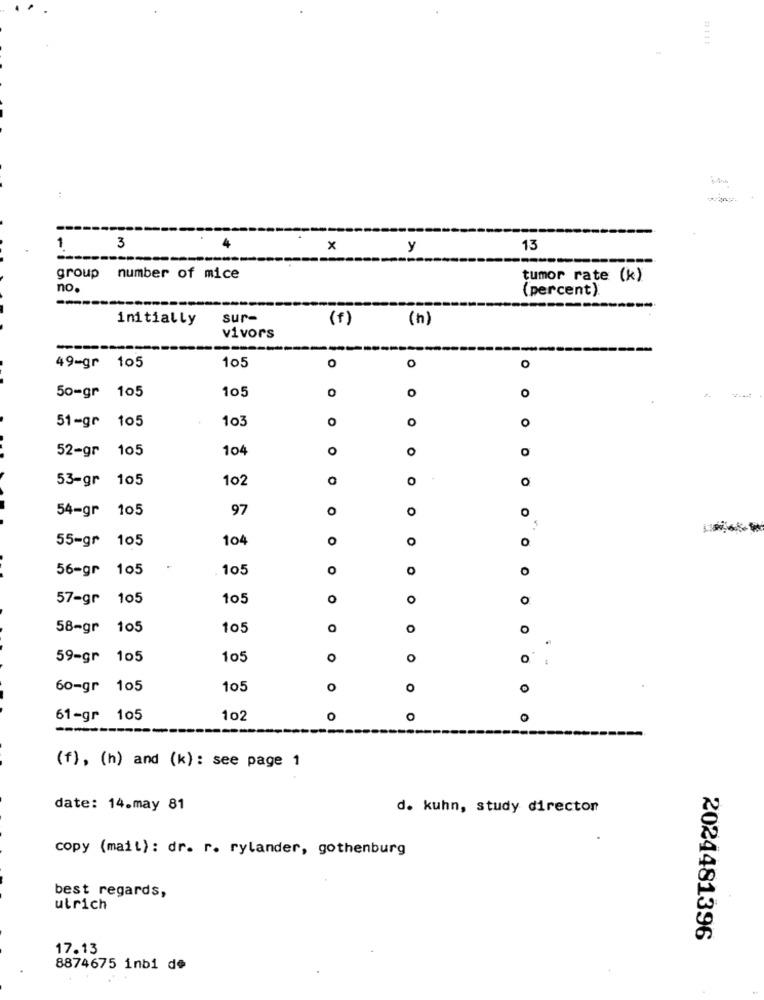
3
4
x
y
13
group number of mice
tumor rate (k)
no.
(percent)
--
initially
sur-
(f)
(h)
vivors
-----
--
105
O
49-gr 105
O
o
105
105
o
o
50=gr
O
51-gr
105
103
o
O
O
52-gr 105
104
o
0
53-gr 105
102
O
O
O
54-gr 105
97
O
0
O
55-gr 105
104
O
O
0
56-gr 105
105
O
0
O
57-gr 105
105
O
O
o
58-gr 105
105
O
O
o
59-gr
105
105
0
O
O
60-gr 105
105
O
O
O
61-gr 105
102
O
0
-
(f), (h) and (k): see page 1
date: 14.may 81
d. kuhn, study director
copy (mail): dr. r. rylander, gothenburg
best regards,
utrich
2024481396
17.13
8874675 inb1 de